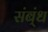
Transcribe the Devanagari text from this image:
संब्ंध